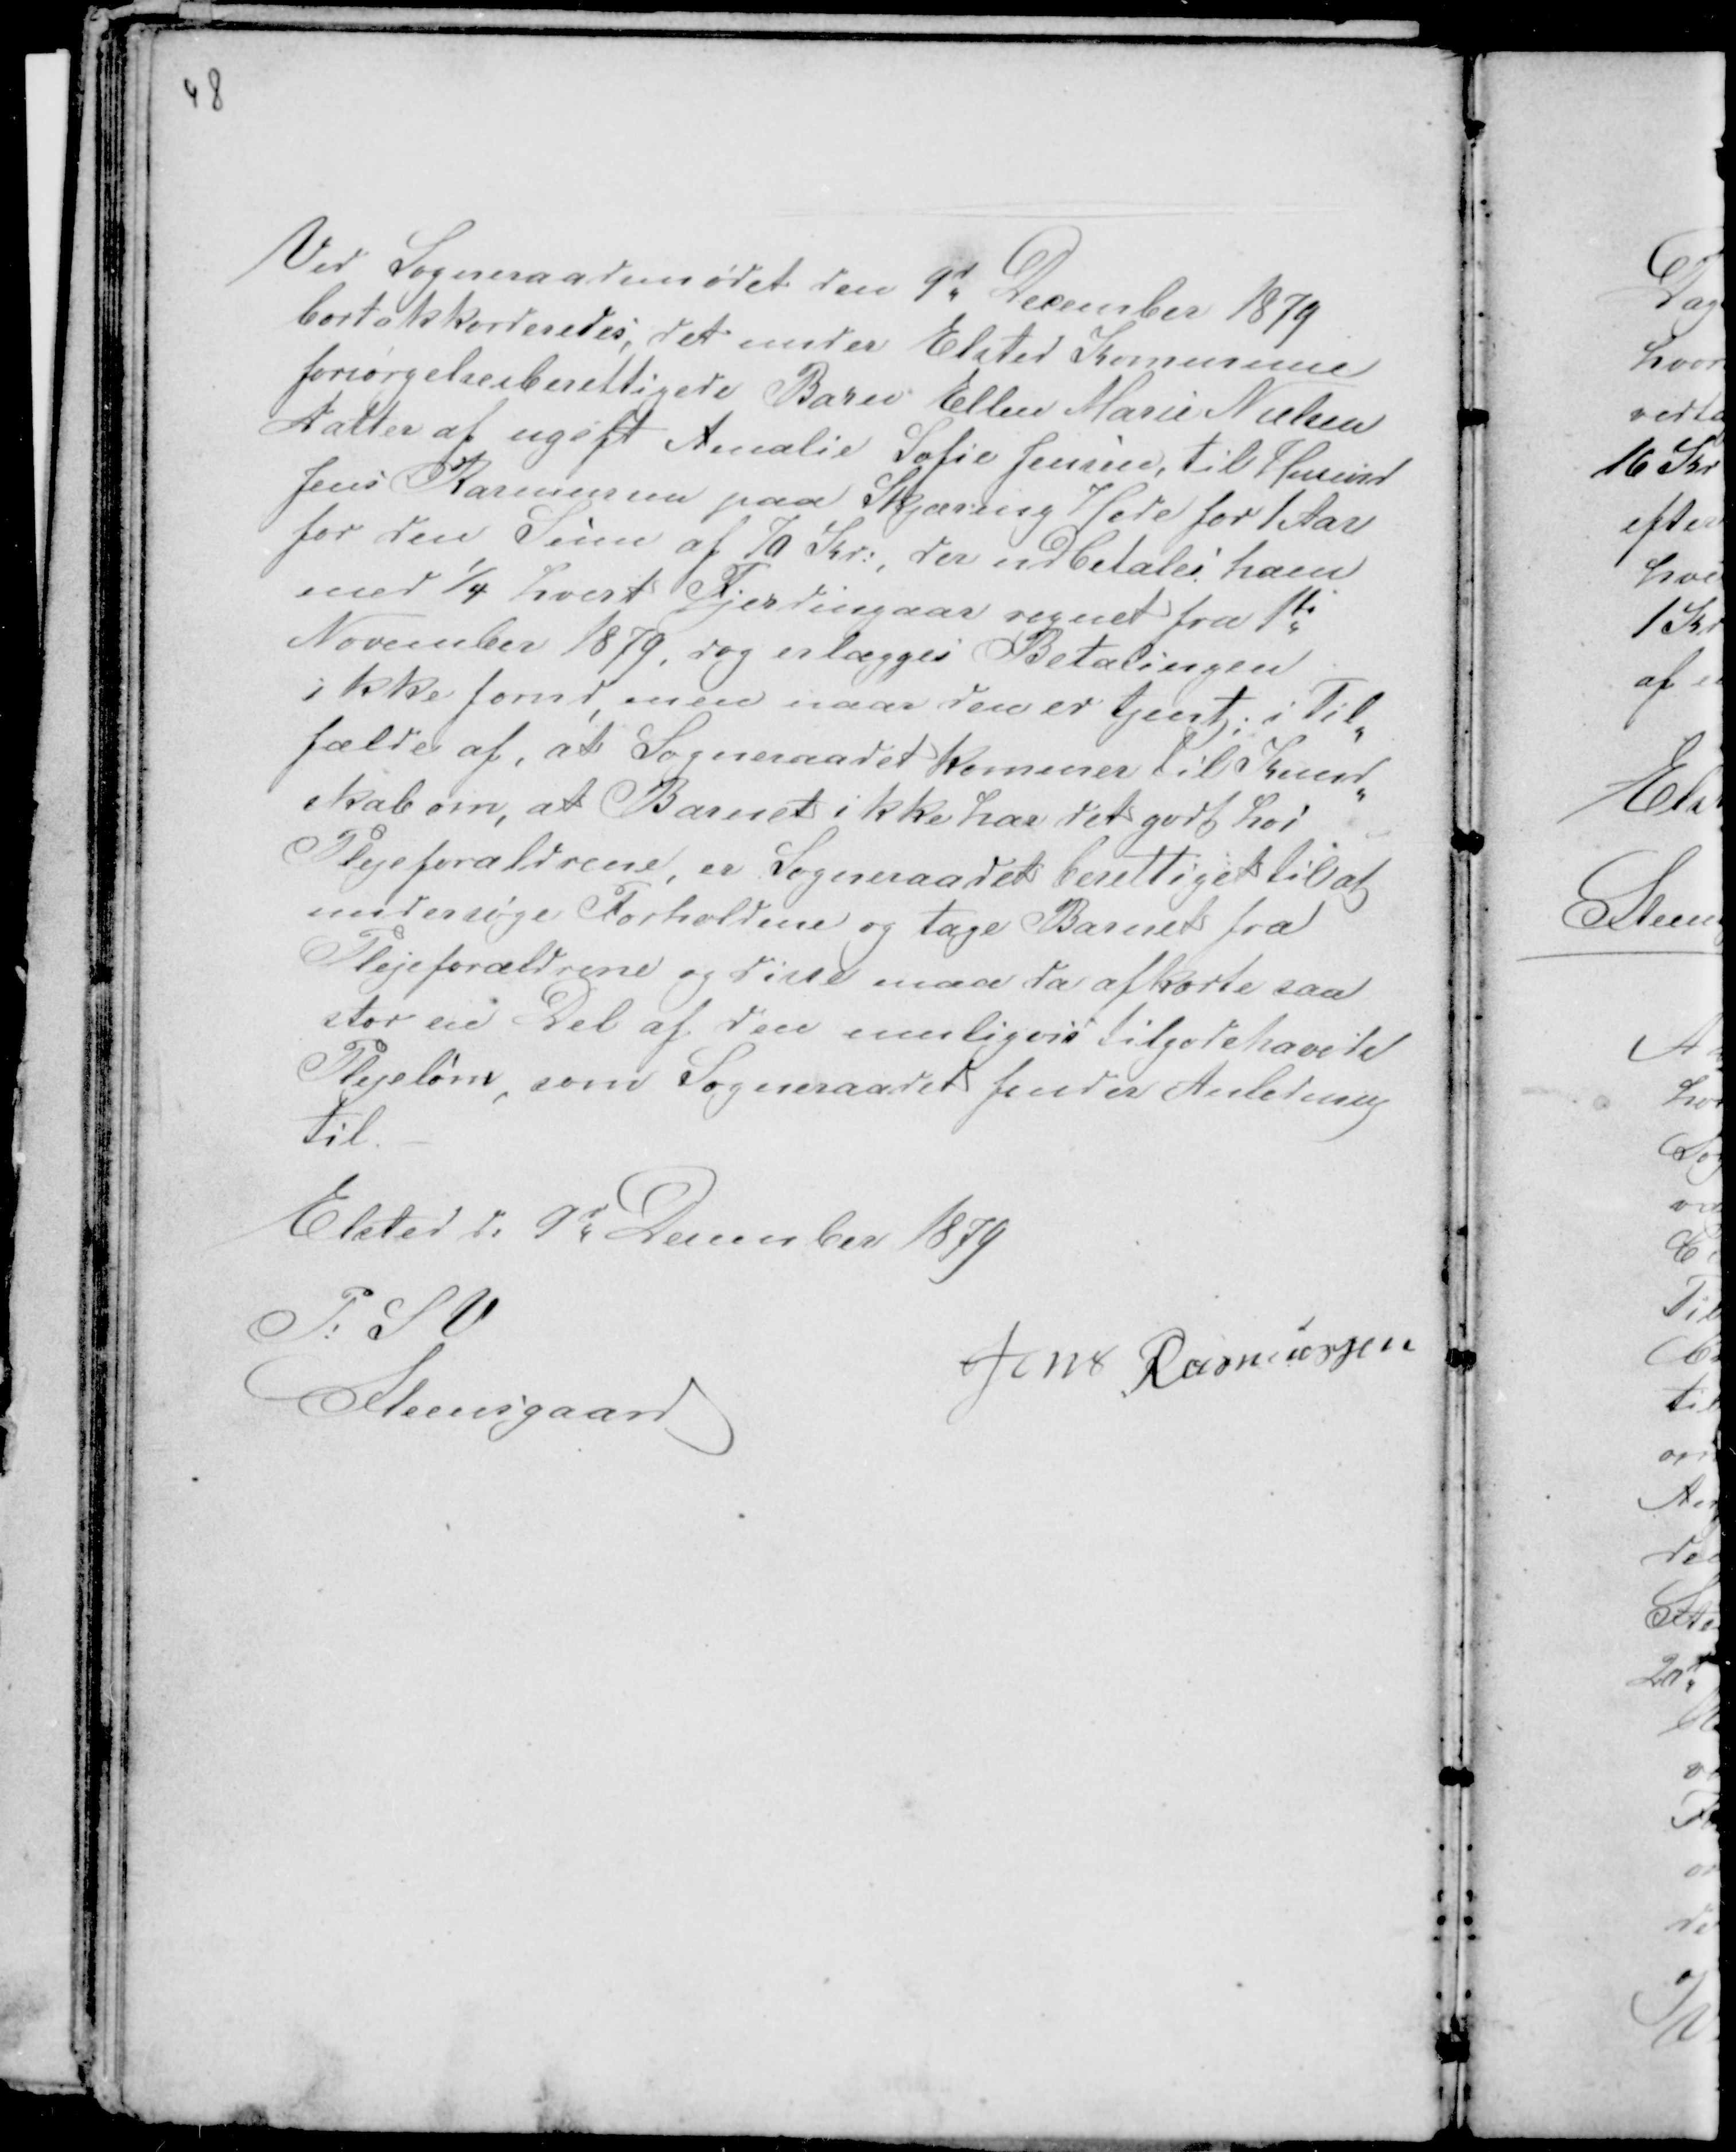
Transskription:
48

Ved Sogneraadsmødet den 9d December 1879
bortakkorderedes, det under Elsted Kommune
forsørgelsesberettigede Barn Ellen Marie Nielsen
Datter af ugift Amalie Sofie Jensen til Husmd
Jens Rasmussen paa Skjæring Hede for 1 Aar
for den Sum af 70 Kr:, der udbetales ham
med ¼ hvert Fjerdingaar regnet fra 1te
November 1879, dog erlægges Betalingen
ikke forud, men naar den er tjent; i Til-
fælde af, at Sogneraadet kommer til Kend-
skab om, at Barnet ikke har det godt hos
Plejeforældrene, er Sogneraadet berettiget til at
undersøge Forholdene og tage Barnet fra
Plejeforældrene og disse maa da afkorte saa
stor en Del af den muligvis tilgodehavede
Plejeløn, som Sogneraadet finder Anledning
til. -
Elsted d: 9d December 1879
P. S V
Steensgaard
Jens Rasmussen